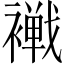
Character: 𧝧